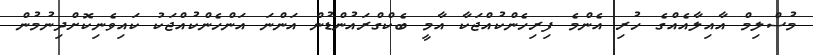
މުސްލިމް އާއިލާއެއްގެ ހުރި އެންމެ ފިރިހެންކުއްޖަކާ އާމީ ބެކްގްރައުންޑުން އަންނަ އަންހެންކުއްޖަކު ކައިވެނިކޮށްދިނުމުން